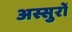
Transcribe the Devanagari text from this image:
अस्सुरों